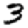
Digit: 3